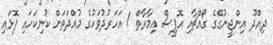
ދިއްދޫ އިންޖީނުގޭގެ ގޯއްޗާއި އޮފީސް ޢިމާރާތް 1 އަހަރުދުވަހުގެ މުއްދަތަށް ކުނިކަހައި ފޮޅައި